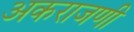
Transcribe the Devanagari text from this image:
अकराजणी